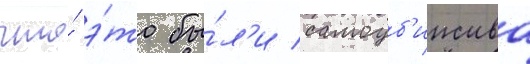
что́ э́то бы́л'и самоуб'ииства